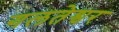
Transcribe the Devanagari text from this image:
गलतेश्वर